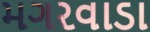
મગરવાડા